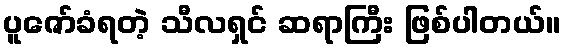
ပူဇော်ခံရတဲ့ သီလရှင် ဆရာကြီး ဖြစ်ပါတယ်။